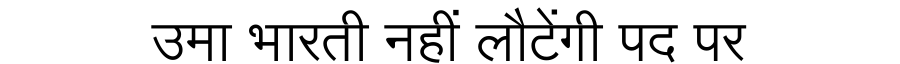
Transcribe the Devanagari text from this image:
उमा भारती नहीं लौटेंगी पद पर